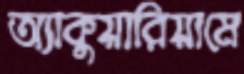
অ্যাকুয়ারিয়ামে